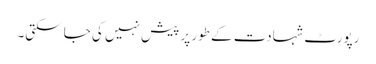
رپورٹ شہادت کے طور پر پیش نہیں کی جا سکتی۔